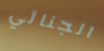
الجنائي